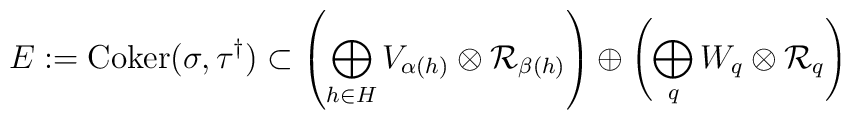
E := {\rm Coker}(\sigma,\tau^\dagger) \subset \left(	\bigoplus\limits_{h \in H} V_{\alpha(h)}  	\otimes {\cal R}_{\beta(h)} \right)	\oplus \left( \bigoplus\limits_q W_q \otimes {\cal R}_q	\right)